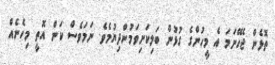
ތޮޅެން ޖެހޭނަމަ އެ މީހުންގެ ގުޅުން ބަލިކަށިވަމުންދިޔުމެވެ. ނަމަވެސް ކަން އޮތީ މިހެނެއް